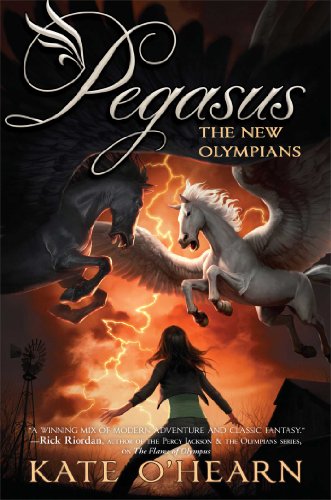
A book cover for The New Olympians (Pegasus); Kate O'Hearn; Children's Books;